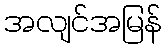
အလျင်အမြန်